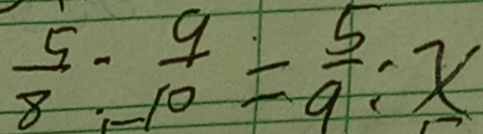
\frac { 5 } { 8 } o l o n \frac { 9 } { 1 0 } = \frac { 5 } { 9 } o l o n x